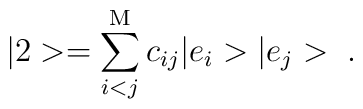
|2> = \sum^{\rm M}_{i<j}c_{ij}|e_i>|e_j>\;.